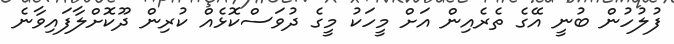
ފުލުހުން ބުނީ އޭގެ ތެރެއިން އަށް މީހަކު މީގެ ދުވަސްކޮޅެއް ކުރިން ދޫކޮށްލާފައިވާނެ